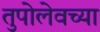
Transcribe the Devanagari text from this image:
तुपोलेवच्या